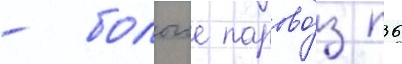
- бологое парово́з п36